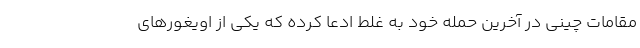
مقامات چینی در آخرین حمله خود به غلط ادعا کرده که یکی از اویغورهای